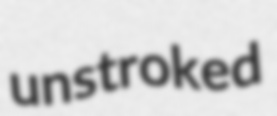
unstroked